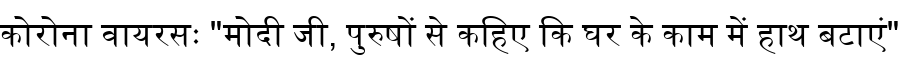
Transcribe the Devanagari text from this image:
कोरोना वायरसः "मोदी जी, पुरुषों से कहिए कि घर के काम में हाथ बटाएं"